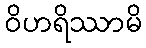
ဝိဟရိဿာမိ